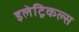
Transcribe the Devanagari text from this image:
इलेट्रिकल्स